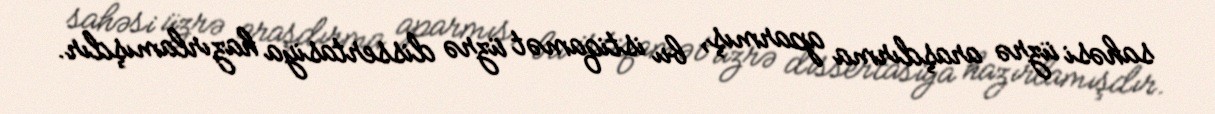
sahəsi üzrə araşdırma aparmış, bu istiqamət üzrə dissertasiya hazırlamışdır.